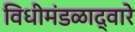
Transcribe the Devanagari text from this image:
विधीमंडळाद्वारे